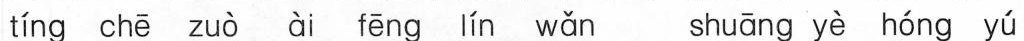
tíng chē zuò ài fēng lín wǎn shuāng yè hóng yú èr yuè huā yì nián hǎo jǐng jūn xū ì zuì shì chéng huáng jú ǜ shí deng bù bō bú liàng ǐ bú biàn bù míng èr rén tóng xīn qi lì duàn jin yì shi qiáng ruò zài yú ì wǜn gǔ shèng fù 理|。i考答案